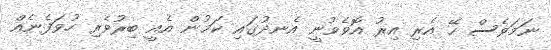
ނަމަވެސް ހޭ އެރި އިރު އޮވެވުނީ އެނދުގައި ކަމުން އެއީ ބިރުވެރި ހުވަފެނެއް